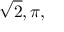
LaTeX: { \sqrt { 2 } } , \pi ,